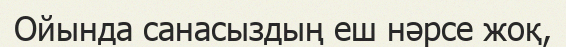
Ойында санасыздың еш нәрсе жоқ,